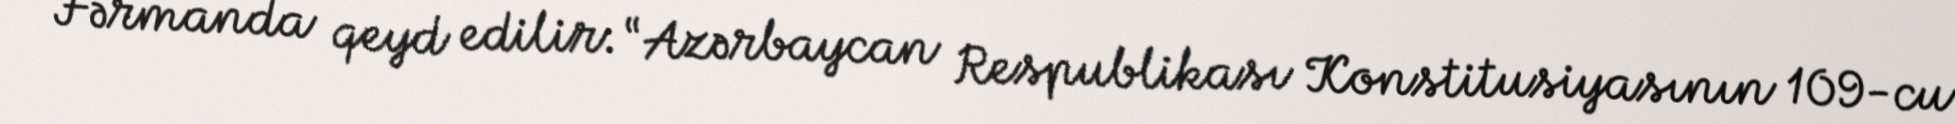
Fərmanda qeyd edilir: “Azərbaycan Respublikası Konstitusiyasının 109-cu